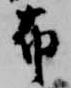
布